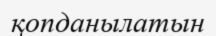
қопданылатын